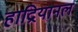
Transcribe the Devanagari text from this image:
हाद्रियानल